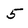
Character: 5